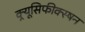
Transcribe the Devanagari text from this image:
क्र्यूसिफीक्स्षन